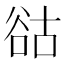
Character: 𧮴